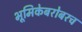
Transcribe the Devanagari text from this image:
भूमिकेबरोबरच